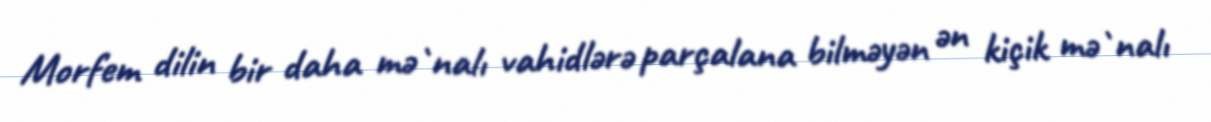
Morfem dilin bir daha mə`nalı vahidlərə parçalana bilməyən ən kiçik mə`nalı